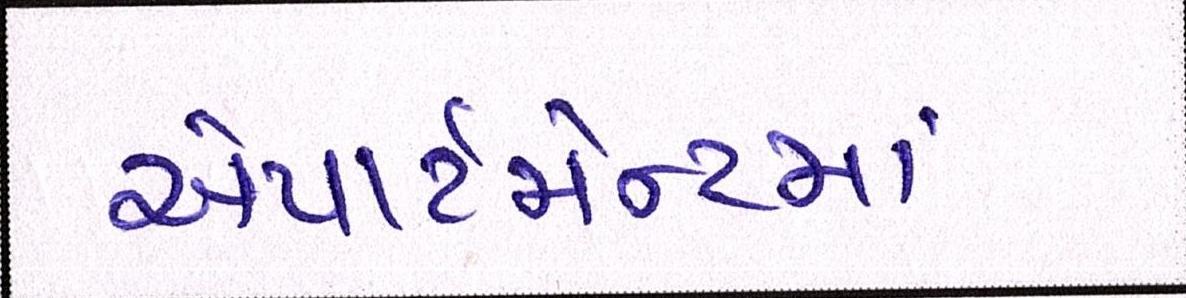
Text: એપાર્ટમેન્ટમાં